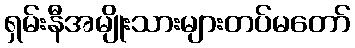
ရှမ်းနီအမျိုးသားများတပ်မတော်